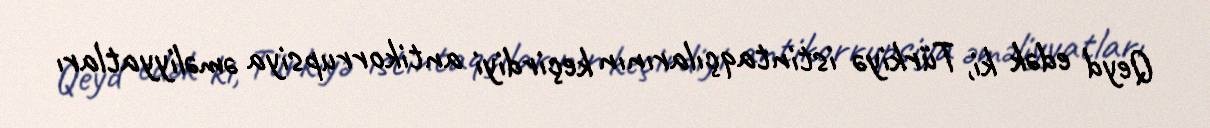
Qeyd edək ki, Türkiyə istintaqçılarının keçirdiyi antikorrupsiya əməliyyatları